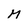
Character: M